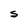
Character: S